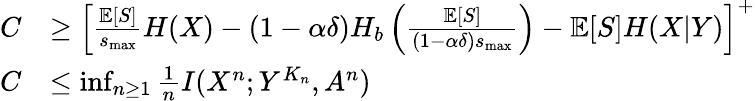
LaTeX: \begin{array}{rl}{C}&{\ge\left[\frac{\mathbb{E}[S]}{s_{\operatorname*{max}}}H(X)-(1-\alpha\delta)H_{b}\left(\frac{\mathbb{E}[S]}{(1-\alpha\delta)s_{\operatorname*{max}}}\right)-\mathbb{E}[S]H(X|Y)\right]^{+}}\\ {C}&{\le\operatorname*{inf}_{n\ge 1}\frac{1}{n}I({X}^{n};{Y}^{K_{n}},{A}^{n})}\end{array}